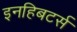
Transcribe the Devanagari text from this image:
इनहिबटर्स